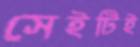
সেইটিই